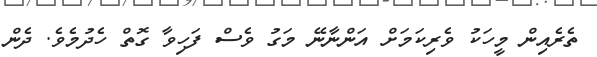
ތެރެއިން މީހަކު ވެރިކަމަށް އަންނާނޭ މަގު ވެސް ފަހިވާ ގޮތް ހެދުމެވެ. ދެން